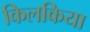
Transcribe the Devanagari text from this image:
किलकिया